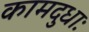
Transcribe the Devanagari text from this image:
कामदुधाः